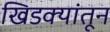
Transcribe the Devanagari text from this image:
खिडक्यांतून